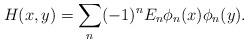
LaTeX: \begin{align*}H(x,y)=\sum_n(-1)^nE_n\phi_n(x)\phi_n(y). \end{align*}